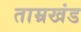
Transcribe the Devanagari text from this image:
ताम्रखंड